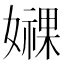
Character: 𫲁